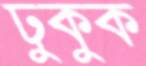
ঢুকুক